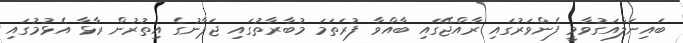
ބައިނަލްއަގުވާމީ ފެންވަރުގައި ރާއްޖޭގައި ބާއްވާ ފުރަތަމަ މުބާރާތުގައި ޖަޕާނުގެ އިތުރުން ރާޅާ އެޅުމުގައި